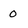
Character: O